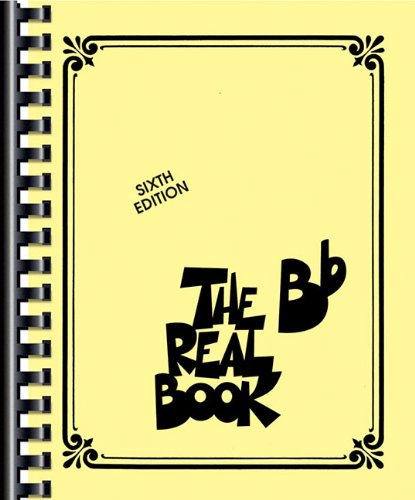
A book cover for The Real Book (B Flat, Sixth edition); Humor & Entertainment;